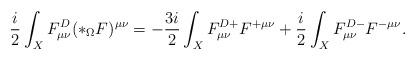
LaTeX: \begin{align*}\frac{i}{2}\int_{X} F_{\mu\nu}^{D}(*_{\Omega}F)^{\mu\nu}=-\frac{3i}{2}\int_{X} F_{\mu\nu}^{D+}F^{+\mu\nu}+\frac{i}{2}\int_{X} F_{\mu\nu}^{D-}F^{-\mu\nu}.\end{align*}